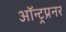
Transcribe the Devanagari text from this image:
ऑन्ट्रप्रनर